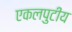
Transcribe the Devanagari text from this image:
एकलपुटीय